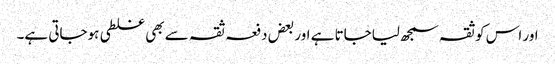
اور اس کو ثقہ سمجھ لیاجاتا ہے اور بعض دفعہ ثقہ سے بھی غلطی ہوجاتی ہے۔